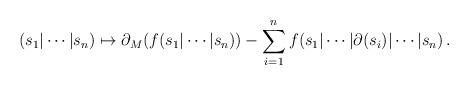
LaTeX: \begin{align*} (s_1|\cdots |s_n) \mapsto \partial_M(f(s_1|\cdots|s_n)) - \sum\limits_{i=1}^n f(s_1|\cdots|\partial(s_i)|\cdots|s_n)\,.\end{align*}